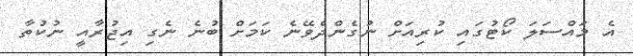
އެ މައްސަލަ ކޯޓުގައި ކުރިއަށް ނުގެންދެވޭނެ ކަމަށް ބުނެ ނެގި އިޖުރާއީ ނުކުތާ